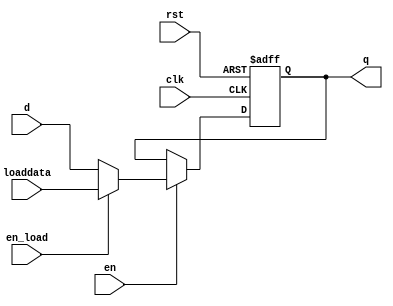
`timescale 1ns / 1ps
//////////////////////////////////////////////////////////////////////////////////
// Company: 
// Engineer: 
// 
// Design Name: 
// Module Name: areg
// Project Name: 
// Target Devices: 
// Tool Versions: 
// Description: 
// 
// Dependencies: 
// 
// Revision:
// Revision 0.01 - File Created
// Additional Comments:
// 
//////////////////////////////////////////////////////////////////////////////////


module register(
			clk,
			rst,
			en,				
			d,
      en_load,
      
      loaddata,

			q				
    );
    input clk,rst;
    input en,en_load;
    input wire[15:0]d;
    input wire[15:0]loaddata;

    output reg[15:0]q;
   always@(posedge clk or posedge rst )
     if(rst)
       q   <= 16'b0000000000000000;
     else
        begin
          if(en==1)//1
            
            if(en_load==1)//load
            q <=loaddata;

            else q <=d;


          else//0,0
          q <=q;  
              
        end      
                       
            
          
        
endmodule